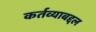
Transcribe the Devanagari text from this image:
कर्तव्याबद्दल